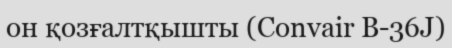
он қозғалтқышты (Convair B-36J)